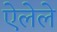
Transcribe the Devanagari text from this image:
ऐलेले